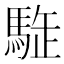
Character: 𩣜